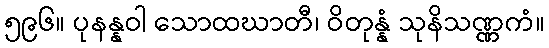
၅၉၆။ ပုနန္နဝါ သောထဃာတီ၊ ဝိတုန္နံ သုနိသဏ္ဏကံ။